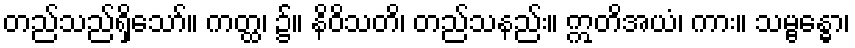
တည်သည်ရှိသော်။ ကတ္ထ၊ ၌။ နိဝိသတိ၊ တည်သနည်း။ ဣတိအယံ၊ ကား။ သမ္ဗန္ဓော၊